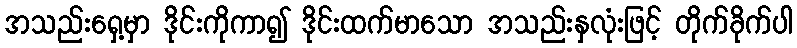
အသည်းရှေ့မှာ ဒိုင်းကိုကာ၍ ဒိုင်းထက်မာသော အသည်းနှလုံးဖြင့် တိုက်ခိုက်ပါ